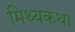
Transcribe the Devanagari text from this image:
मिथ्यकथा